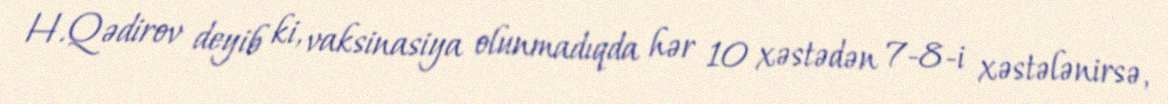
H.Qədirov deyib ki, vaksinasiya olunmadıqda hər 10 xəstədən 7-8-i xəstələnirsə,